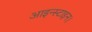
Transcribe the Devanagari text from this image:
आइन्स्टाइन।